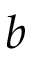
b